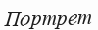
Портрет